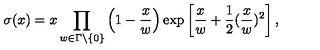
\sigma ( x ) = x \prod _ { w \in \Gamma \setminus \{ 0 \} } \left( 1 - \frac { x } { w } \right) \exp \left[ \frac { x } { w } + \frac { 1 } { 2 } ( \frac { x } { w } ) ^ { 2 } \right] ,